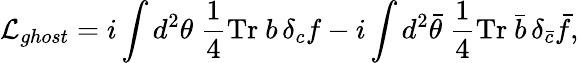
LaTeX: {\mathcal L}_{ghost}=i\int d^{2}\theta~\frac{1}{4}\mathrm{Tr}~b\, \delta_{c}f-i\int d^{2}\bar{\theta}~\frac{1}{4}\mathrm{Tr}~\bar{b}\, \delta_{\bar{c}}\bar{f},